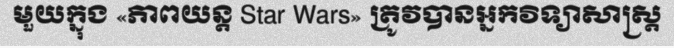
មួយក្នុង «ភាពយន្ត Star Wars» ត្រូវបានអ្នកវិទ្យាសាស្ត្រ